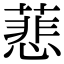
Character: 蕜